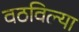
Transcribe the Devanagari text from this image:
वठविल्या